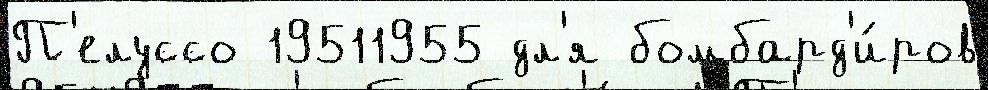
П'елуссо 19511955 дл'я бомбард'и́ров